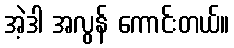
အဲ့ဒါ အလွန် ကောင်းတယ်။